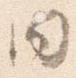
同